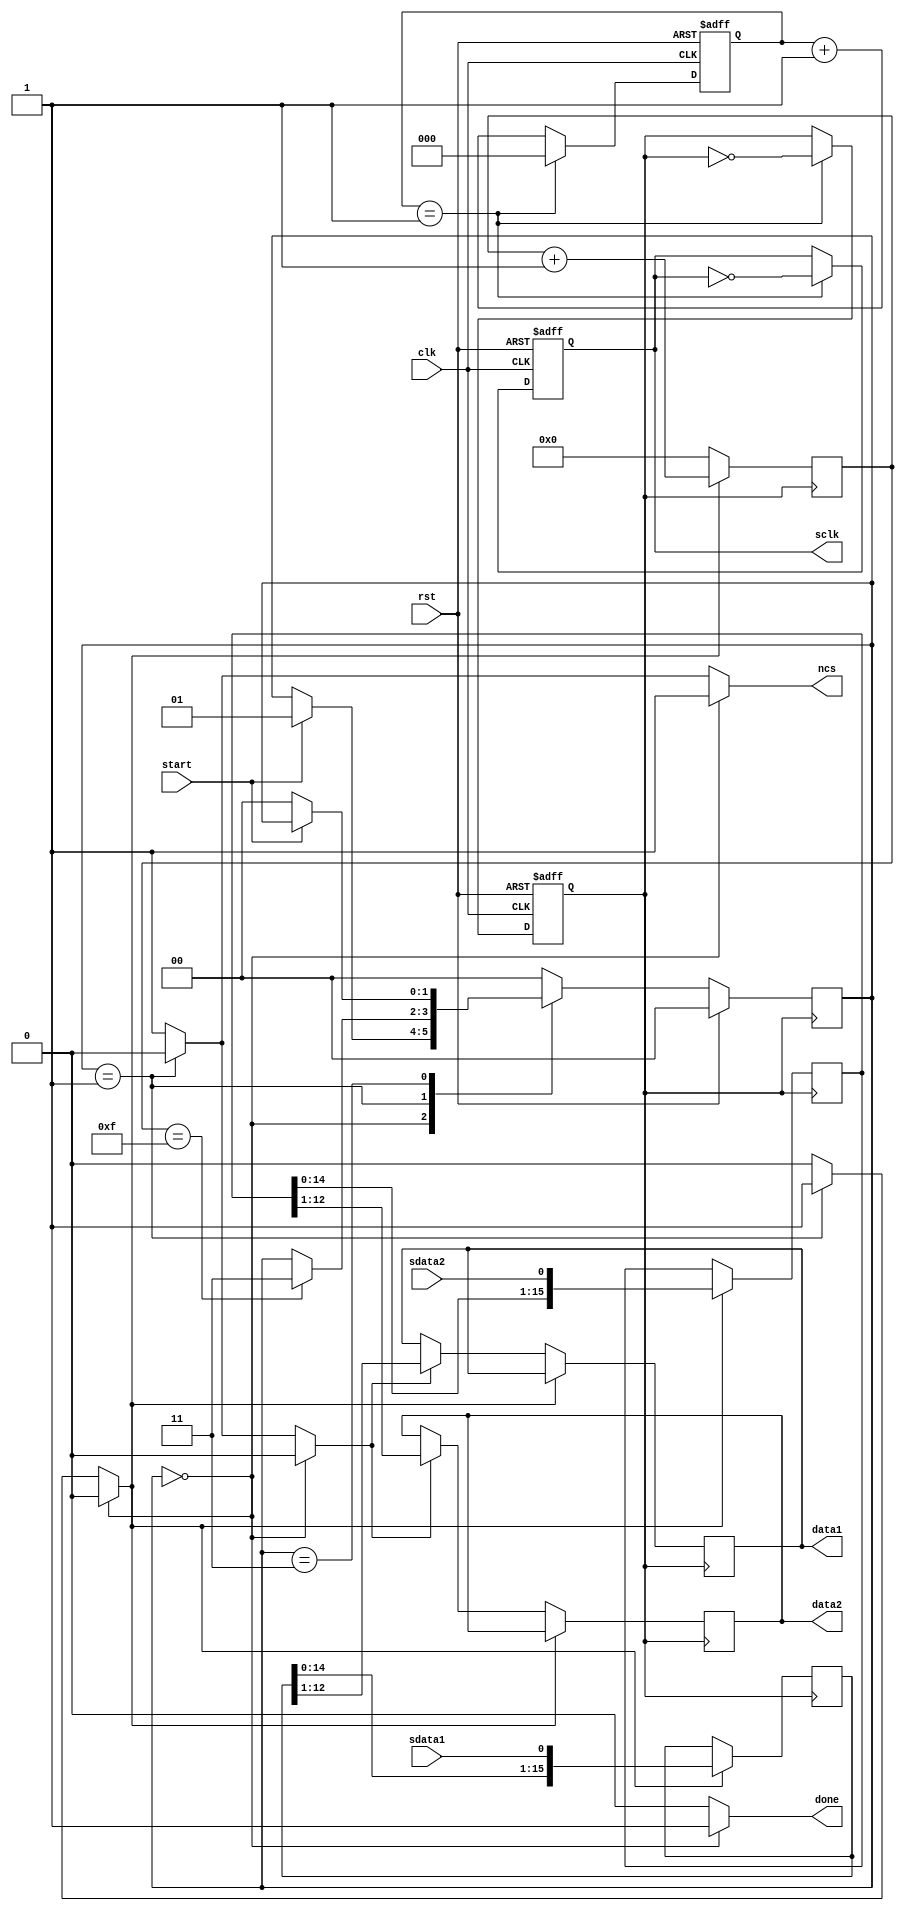
`timescale 1ns / 1ps
//////////////////////////////////////////////////////////////////////////////////
// Company: 
// Engineer: 
// 
// Design Name: spi_revieve
// Module Name:    spi_recieve 
// Project Name: 
// Target Devices: 
// Tool versions: 
// Description: to recieve data from SDCS7476 (Pmod AD1)
//
// Dependencies: 
//
// Revision: 1.1
// Revision 0.01 - File Created
// Additional Comments: 
//
//////////////////////////////////////////////////////////////////////////////////
/*
-------------------------------------------------------------------------
--Title         : AD1 Reference Component
--
--   Inputs         : 5
--   Outputs        : 5
--
--   Description: This is the AD1 Reference Component entity. The input
--                ports are a 50 MHz clock and an asynchronous reset 
--                button along with the data from the ADC7476 that 
--                is serially shifted in on each clock cycle(SDATA1 and
--                SDATA2). The outputs are the SCLK signal which clocks
--                the PMOD-AD1 board at 12.5 MHz and a chip select 
--                signal (nCS) that enables the ADC7476 chips on the
--                PMOD-AD1 board as well as two 12-bit output 
--                vectors labeled DATA1 and DATA2 which can be used by 
--                any external components. The START is used to tell
--                the component when to start a conversion. After a
--                conversion is done the component activates the DONE
--                signal.
--
--------------------------------------------------------------------------
*/

module spi_recieve(
//general usage
clk,
rst,
//Pmod interface signals
sdata1,
sdata2,
sclk,
ncs,
//user interface signals
data1,
data2,
start,
done
    );

/*
--------------------------------------------------------------------------------
-- Title            : Local signal assignments
--
-- Description      : The following signals will be used to drive the  
--                    processes of this VHDL file.
--
--   current_state : This signal will be the pointer that will point at the
--                   current state of the Finite State Machine of the 
--                   controller.
--   next_state    : This signal will be the pointer that will point at the
--                   current state of the Finite State Machine of the 
--                   controller.
--   temp1         : This is a 16-bit vector that will store the 16-bits of data 
--                   that are serially shifted-in form the  first ADC7476 chip
--                   inside the PMOD-AD1 board.
--   temp2         : This is a 16-bit vector that will store the 16-bits of data 
--                   that are serially shifted-in form the second ADC7476 chip 
--                   inside the PMOD-AD1 board.
--   clk_div       : This will be the divided 12.5 MHz clock signal that will
--                   clock the PMOD-AD1 board
--   clk_counter   : This counter will be used to create a divided clock signal.
--
--   shiftCounter  : This counter will be used to count the shifted data from  
--                   the ADC7476 chip inside the PMOD-AD1 board.
--   enShiftCounter: This signal will be used to enable the counter for the  
--                   shifted data from the ADC7476 chip inside the PMOD-AD1.
--   enParalelLoad : This signal will be used to enable the load the shifted  
--                   data in a register.
--------------------------------------------------------------------------------
*/
parameter Idle=2'b00;
parameter ShiftIn=2'b01;
parameter SyncData=2'b11;

input         clk,rst,sdata1,sdata2,start;
output [11:0] data1;
output [11:0] data2;
output        sclk,ncs,done;

reg [11:0] data1;
reg [11:0] data2;
reg        sclk,sclk_tmp,ncs,done;

reg [1:0]  current_state,next_state;
reg [15:0] temp1,temp2;
reg        clk_div,clk_div_tmp;
reg [2:0]  clk_counter,clk_counter_tmp;
reg [3:0]  shiftCounter;
reg        enShiftCounter;
reg        enParalelLoad;

/*
--------------------------------------------------------------------------------
-- Title          :     clock divider process
--
-- Description    : This is the process that will divide the 50 MHz clock 
--                  down to a clock speed of 12.5 MHz to drive the ADC7476 chip. 
-------------------------------------------------------------------------------- 
*/
always @ (posedge clk or posedge rst)
begin
if (rst==1)
	clk_counter<=3'b000;
else
	clk_counter<=clk_counter_tmp;
end

always @ (clk_counter or clk_div or sclk)
begin
if (clk_counter==3'b001)
	begin
	clk_counter_tmp=3'b000;
	clk_div_tmp=~clk_div;
	sclk_tmp=~sclk;
	end
else
	begin
	clk_counter_tmp=clk_counter+1;
	clk_div_tmp=clk_div;
	sclk_tmp=sclk;
	end
end

always @ (posedge clk or posedge rst)
begin
if (rst)
	begin
	clk_div=0;
	sclk   =0;
	end
else
	begin
	clk_div=clk_div_tmp;
	sclk   =sclk_tmp;
	end
end

/*
-----------------------------------------------------------------------------------
--
-- Title      : counter
--
-- Description: This is the process were the converted data will be colected and
--              output.When the enShiftCounter is activated, the 16-bits of data  
--              from the ADC7476 chips will be shifted inside the temporary 
--              registers. A 4-bit counter is used to keep shifting the data 
--              inside temp1 and temp2 for 16 clock cycles. When the enParalelLoad
--              signal is generated inside the SyncData state, the converted data 
--              in the temporary shift registers will be placed on the outputs 
--              DATA1 and DATA2. 
--    
-----------------------------------------------------------------------------------    
*/

always @ (posedge clk_div)
begin
if(enShiftCounter==1)
	begin
	temp1<={temp1[14:0],sdata1};
	temp2<={temp2[14:0],sdata2};
	shiftCounter<=shiftCounter+1;
	data1<=data1;
   data2<=data2;

	end
else if (enParalelLoad==1)
	begin
	temp1<=temp1;
	temp2<=temp2;
	shiftCounter<=4'b0000;
	data1<=temp1[12:1];
	data2<=temp2[12:1];
	end
else
	begin
	temp1<=temp1;
	temp2<=temp2;
	shiftCounter<=4'b0000;
	data1<=data1;
   data2<=data2;
	end
end

/*
---------------------------------------------------------------------------------
--
-- Title      : Finite State Machine
--
-- Description: This 3 processes represent the FSM that contains three states.
--              The first state is the Idle state in which a temporary registers
--              are assigned the updated value of the input "DATA1" and "DATA2".
--              The next state is the ShiftIn state where the 16-bits of data
--              from each of the ADCS7476 chips are left shifted in the temp1
--              and temp2 shift registers. The third state, SyncData drives the
--              output signal nCS high for 1 clock period maintainig nCS high  
--              also in the Idle state telling the ADCS7476 to mark the end of
--              the conversion.
-- Notes:         The data will change on the lower edge of the clock signal. There 
--                     is also an asynchronous reset that will reset all signals to  
--                     their original state.
--
-----------------------------------------------------------------------------------        
        
-----------------------------------------------------------------------------------
--
-- Title      : SYNC_PROC
--
-- Description: This is the process were the states are changed synchronously. At 
--              reset the current state becomes Idle state.
--    
-----------------------------------------------------------------------------------   
*/

always @(posedge clk_div)
begin
if(rst)
	current_state<=Idle;
else
	current_state<=next_state;
end

/*
-----------------------------------------------------------------------------------
--
-- Title      : OUTPUT_DECODE
--
-- Description: This is the process were the output signals are generated
--              unsynchronously based on the state only (Moore State Machine).
--    
-----------------------------------------------------------------------------------      
*/

always @ (current_state)
begin
if(current_state==Idle)
	begin
	enShiftCounter=0;
	done=1;
	ncs=1;
	enParalelLoad=0;
	end
else if (current_state==ShiftIn)
	begin
	enShiftCounter=1;
	done=0;
	ncs=0;
	enParalelLoad=0;
	end
else
	begin
	enShiftCounter=0;
	done=0;
	ncs=1;
	enParalelLoad=1;
	end
end

/*
----------------------------------------------------------------------------------
--
-- Title      : NEXT_STATE_DECODE
--
-- Description: This is the process were the next state logic is generated 
--              depending on the current state and the input signals.
--    
-----------------------------------------------------------------------------------    
*/

always @ (current_state or start or shiftCounter)
begin
case (current_state)
	Idle:    begin if (start==1)              next_state=ShiftIn;  else next_state=current_state; end
	ShiftIn: begin if (shiftCounter==4'b1111) next_state=SyncData; else next_state=current_state; end
	SyncData:begin if (start==0)              next_state=Idle;     else next_state=current_state; end
	default: begin                                                       next_state=Idle; end
endcase
end


endmodule